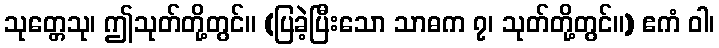
သုတ္တေသု၊ ဤသုတ်တို့တွင်။ (ပြခဲ့ပြီးသော သာဓက ၇၊ သုတ်တို့တွင်။) ဧကံ ဝါ၊